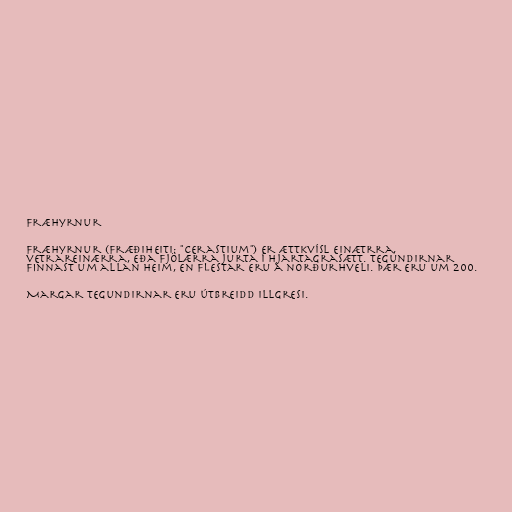
Fræhyrnur

Fræhyrnur (fræðiheiti: "Cerastium") er ættkvísl einætrra,
vetrareinærra, eða fjölærra jurta í hjartagrasætt. Tegundirnar
finnast um allan heim, en flestar eru á norðurhveli. Þær eru um 200.

Margar tegundirnar eru útbreidd illgresi.